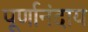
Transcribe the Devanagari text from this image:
पूर्णानंदाय